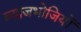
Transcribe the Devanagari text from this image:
ब्याजभोजियों